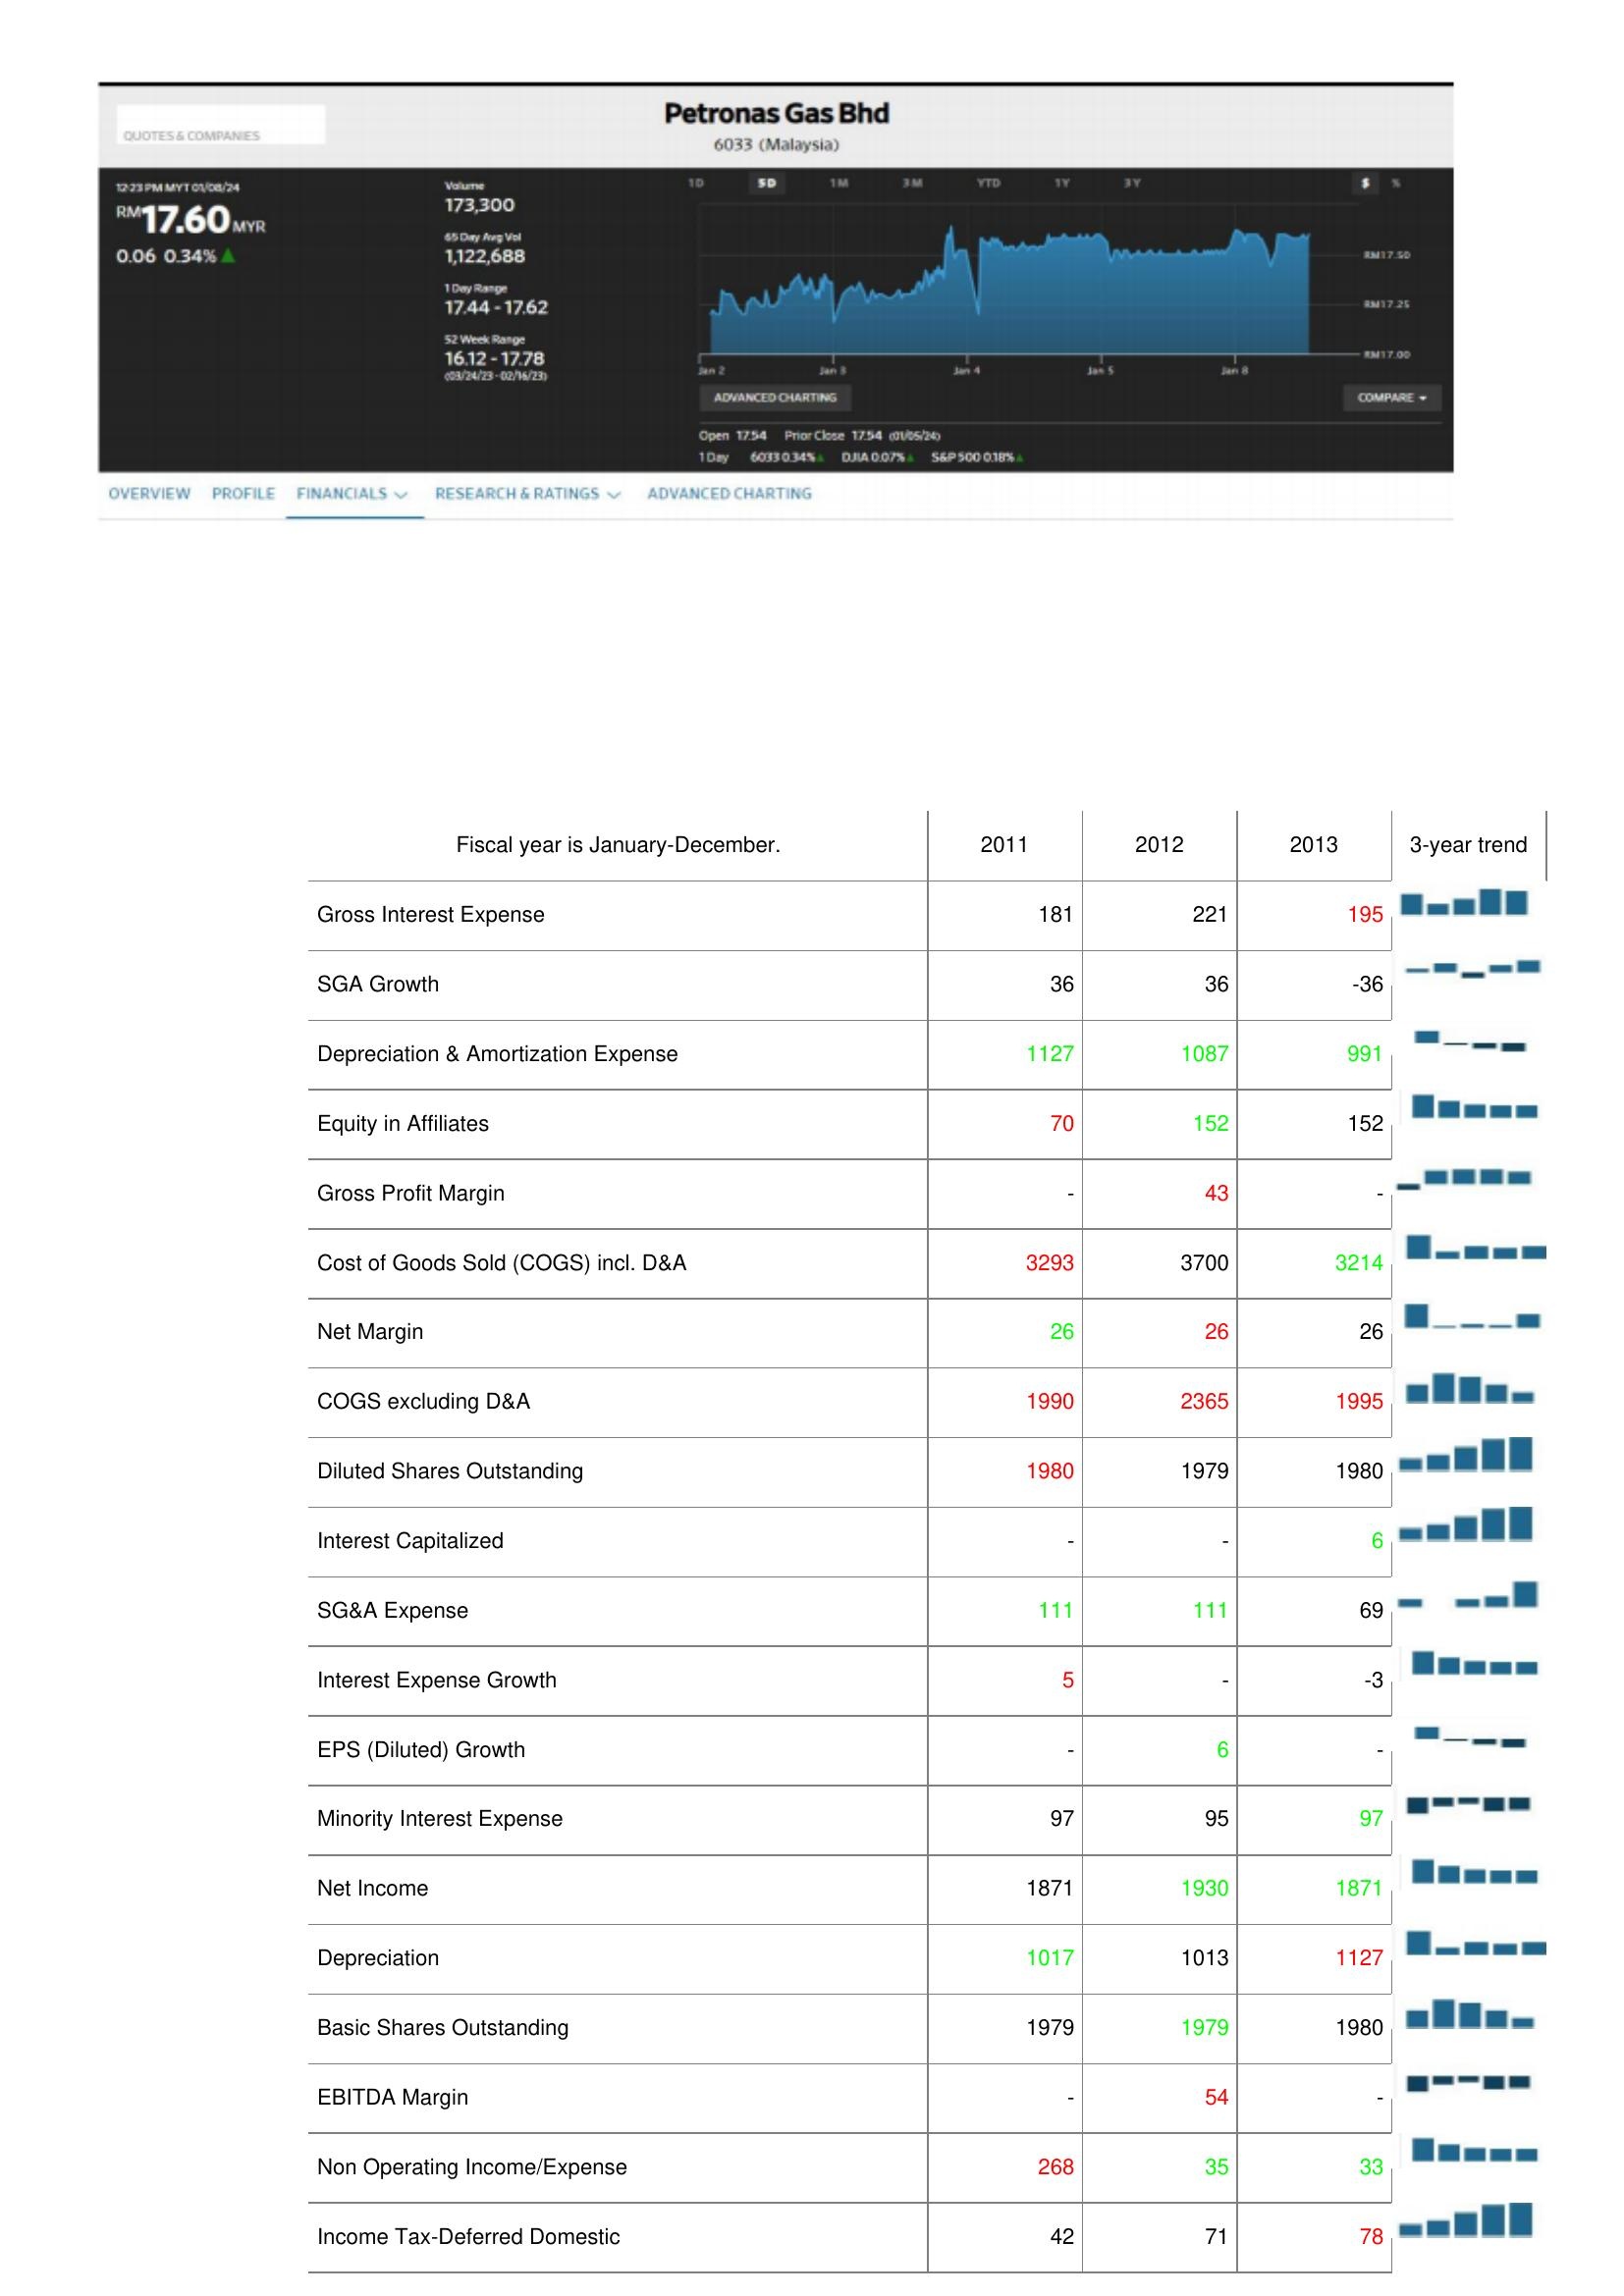
2011: : Gross Interest Expense: 181
SGA Growth: 36
Depreciation & Amortization Expense: 1127
Equity in Affiliates: 70
Gross Profit Margin: -
Cost of Goods Sold (COGS) incl. D&A: 3293
Net Margin: 26
COGS excluding D&A: 1990
Diluted Shares Outstanding: 1980
Interest Capitalized: -
SG&A Expense: 111
Interest Expense Growth: 5
EPS (Diluted) Growth: -
Minority Interest Expense: 97
Net Income: 1871
Depreciation: 1017
Basic Shares Outstanding: 1979
EBITDA Margin: -
Non Operating Income/Expense: 268
Income Tax-Deferred Domestic: 42
2012: : Gross Interest Expense: 221
SGA Growth: 36
Depreciation & Amortization Expense: 1087
Equity in Affiliates: 152
Gross Profit Margin: 43
Cost of Goods Sold (COGS) incl. D&A: 3700
Net Margin: 26
COGS excluding D&A: 2365
Diluted Shares Outstanding: 1979
Interest Capitalized: -
SG&A Expense: 111
Interest Expense Growth: -
EPS (Diluted) Growth: 6
Minority Interest Expense: 95
Net Income: 1930
Depreciation: 1013
Basic Shares Outstanding: 1979
EBITDA Margin: 54
Non Operating Income/Expense: 35
Income Tax-Deferred Domestic: 71
2013: : Gross Interest Expense: 195
SGA Growth: -36
Depreciation & Amortization Expense: 991
Equity in Affiliates: 152
Gross Profit Margin: -
Cost of Goods Sold (COGS) incl. D&A: 3214
Net Margin: 26
COGS excluding D&A: 1995
Diluted Shares Outstanding: 1980
Interest Capitalized: 6
SG&A Expense: 69
Interest Expense Growth: -3
EPS (Diluted) Growth: -
Minority Interest Expense: 97
Net Income: 1871
Depreciation: 1127
Basic Shares Outstanding: 1980
EBITDA Margin: -
Non Operating Income/Expense: 33
Income Tax-Deferred Domestic: 78